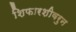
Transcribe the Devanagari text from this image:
शिफारशीवरुन